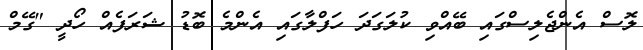
ލޮސް އެންޖެލިސްގައި ބޭއްވި ކުލަގަދަ ހަފްލާގައި އެންމެ ބޮޑު ޝަރަފެއް ހޯދީ "ގޭމް